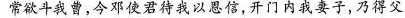
常欲斗我曹，今邓使君待我以恩信，开门内我妻子，乃得父